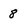
Character: 8